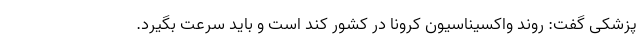
پزشکی گفت: روند واکسیناسیون کرونا در کشور کند است و باید سرعت بگیرد.